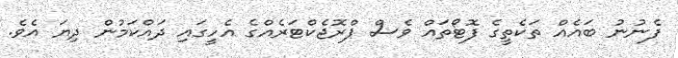
ފެނުނު ބައެއް ތަކެތީގެ ފޮޓޯތައް ވެސް ޕްރޮޖެކްޓަރެއްގެ އެހީގައި ދައްކަމުން ދިޔަ އެވެ.